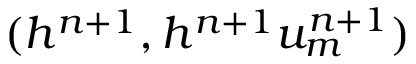
( h ^ { n + 1 } , h ^ { n + 1 } u _ { m } ^ { n + 1 } )